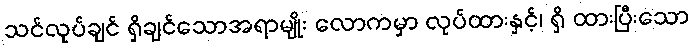
သင်လုပ်ချင် ရှိချင်သောအရာမျိုး လောကမှာ လုပ်ထားနှင့်၊ ရှိ ထားပြီးသော